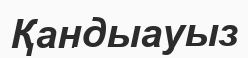
Қандыауыз